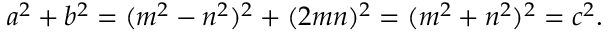
a ^ { 2 } + b ^ { 2 } = ( m ^ { 2 } - n ^ { 2 } ) ^ { 2 } + ( 2 m n ) ^ { 2 } = ( m ^ { 2 } + n ^ { 2 } ) ^ { 2 } = c ^ { 2 } .